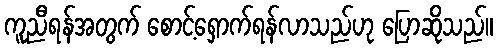
ကူညီရန်အတွက် စောင့်ရှောက်ရန်လာသည်ဟု ပြောဆိုသည်။